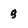
Character: q